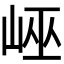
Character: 𡷯